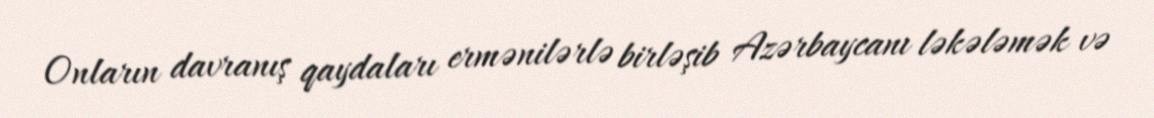
Onların davranış qaydaları ermənilərlə birləşib Azərbaycanı ləkələmək və